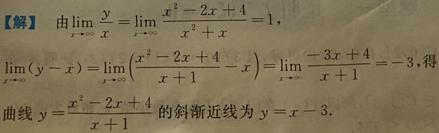
【解】由\(\lim_{x \to \infty} \frac{y}{x}=\lim_{x \to \infty} \frac{x^{2}-2x + 4}{x^{2}+x}=1\)，
\(\lim_{x \to \infty}(y - x)=\lim_{x \to \infty}(\frac{x^{2}-2x + 4}{x + 1}-x)=\lim_{x \to \infty}\frac{-3x + 4}{x + 1}=-3\)，得
曲线\(y=\frac{x^{2}-2x + 4}{x + 1}\)的斜渐近线为\(y=x - 3\).